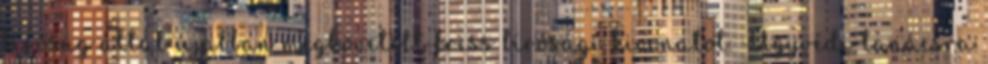
bíróság által újabban megkövetelt friss bírósági kivonatot. Ügyvédi tanácsra